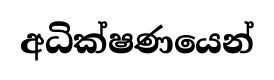
අධික්ෂණයෙන්